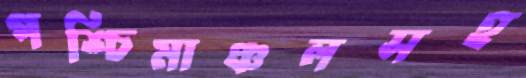
পশ্চিমাঞ্চলসহ